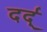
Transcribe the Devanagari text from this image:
दर्द्